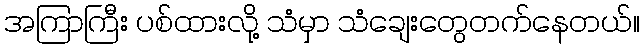
အကြာကြီး ပစ်ထားလို့ သံမှာ သံချေးတွေတက်နေတယ်။